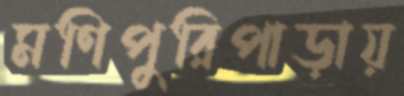
মণিপুরিপাড়ায়